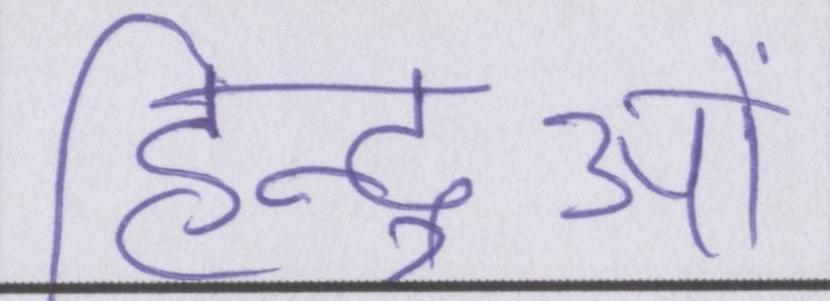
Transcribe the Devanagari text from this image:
हिन्दुओं